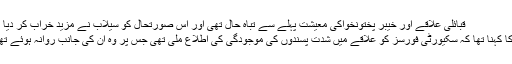
قبائلی علاقے اور خیبر پختونخواکی معیشت پہلے سے تباہ حال تھی اور اس صورتحال کو سیلاب نے مزید خراب کر دیا ہے
ان کا کہنا تھا کہ سکیورٹی فورسز کو علاقے میں شدت پسندوں کی موجودگی کی اطلاع ملی تھی جس پر وہ ان کی جانب روانہ ہوئے تھے۔